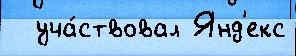
  уча́ствовал Янд'екс